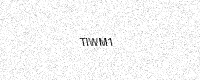
Text: TIWM1